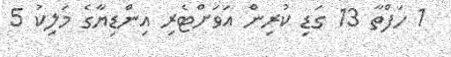
1 ހަފްތާ 13 ގަޑި ކުރިން އަވަށްޓެރި އިންޑިޔާގެ މަލިކު 5